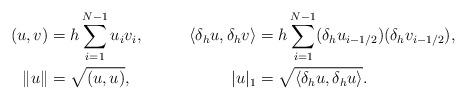
LaTeX: \begin{align*} (u,v) & = h \sum_{i=1}^{N-1} u_i v_i, & \langle \delta_h u, \delta_h v\rangle &= h \sum_{i=1}^{N-1} (\delta_h u_{i-1/2})(\delta_h v_{i-1/2}),\\ \|u\| &= \sqrt{(u,u)}, & |u|_1 &= \sqrt{\langle \delta_h u, \delta_h u\rangle}.\end{align*}